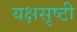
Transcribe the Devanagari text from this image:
यक्षसृष्टी